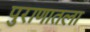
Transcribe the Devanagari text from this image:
पुराणातला